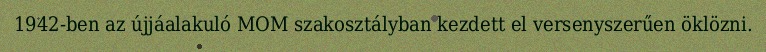
1942-ben az újjáalakuló MOM szakosztályban kezdett el versenyszerűen öklözni.